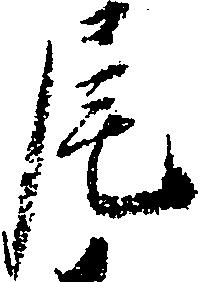
尾